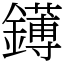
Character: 䥬